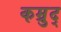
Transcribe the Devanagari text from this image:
कम्रुद्